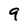
Character: 9